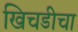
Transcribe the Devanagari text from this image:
खिचडीचा